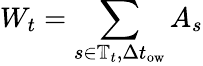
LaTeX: W_{t}=\sum_{s\in\mathbb{T}_{t},\Delta t_{\textrm{ow}}}A_{s}